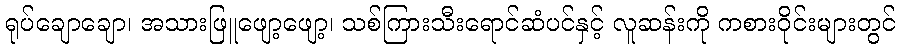
ရုပ်ချောချော၊ အသားဖြူဖျော့ဖျော့၊ သစ်ကြားသီးရောင်ဆံပင်နှင့် လူဆန်းကို ကစားဝိုင်းများတွင်